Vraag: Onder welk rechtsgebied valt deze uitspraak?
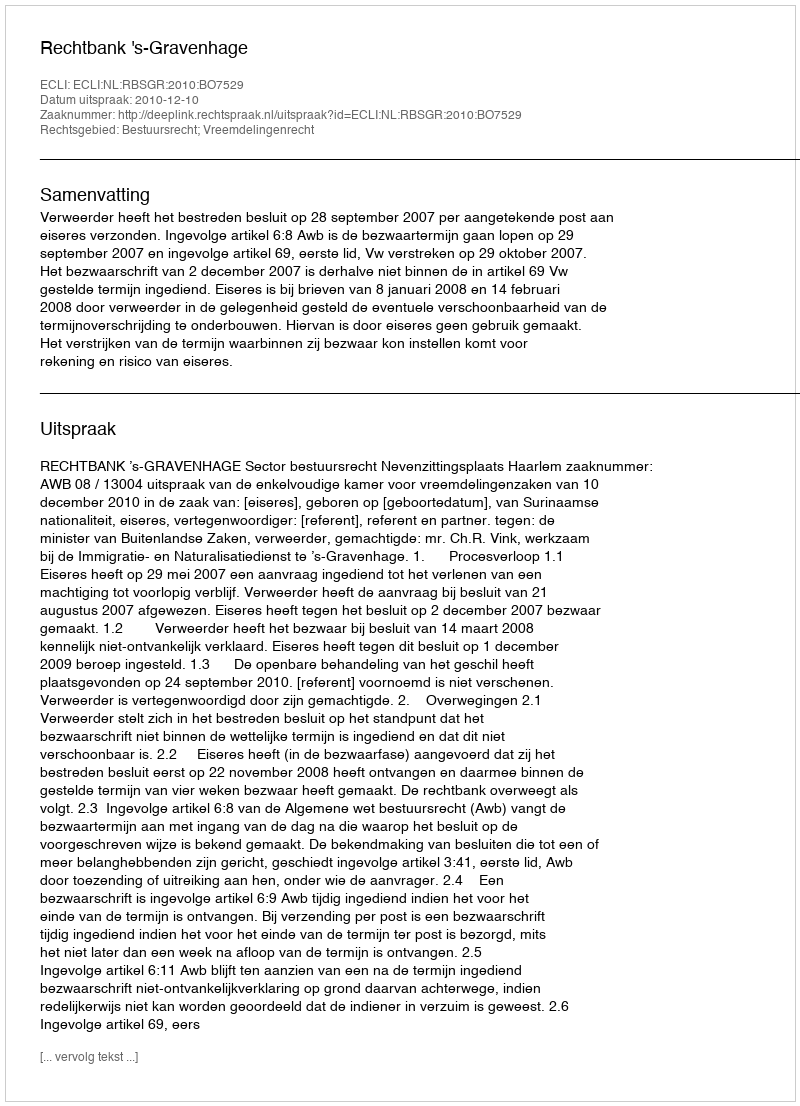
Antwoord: Bestuursrecht; Vreemdelingenrecht